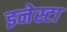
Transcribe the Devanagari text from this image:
इनेस्टा